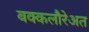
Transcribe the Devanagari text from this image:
बक्कलौरेअत